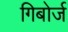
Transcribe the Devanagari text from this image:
गिबोर्ज